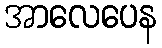
အာလေပေန